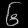
Digit: ၆